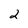
Character: 2